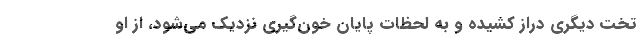
تخت دیگری دراز کشیده و به لحظات پایان خون‌گیری نزدیک می‌شود، از او